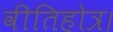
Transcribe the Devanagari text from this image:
वीतिहोत्र।